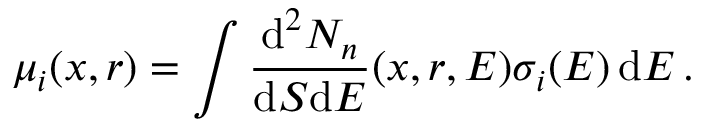
\mu _ { i } ( x , r ) = \int \frac { \textup d ^ { 2 } N _ { n } } { \textup d S \textup d E } ( x , r , E ) \sigma _ { i } ( E ) \, \textup d E \, .